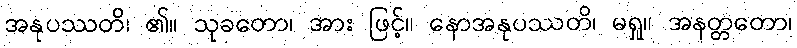
အနုပဿတိ၊ ၏။ သုခတော၊ အား ဖြင့်။ နောအနုပဿတိ၊ မရှု။ အနတ္တတော၊